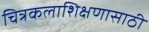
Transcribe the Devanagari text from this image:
चित्रकलाशिक्षणासाठी